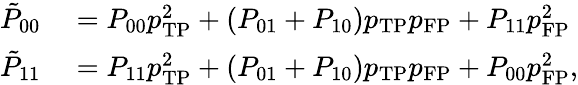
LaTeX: \begin{array}{rl}{\tilde{P}_{\mathrm{00}}}&{{}=P_{00}p_{\mathrm{TP}}^{2}+(P_{01}+P_{10})p_{\mathrm{TP}}p_{\mathrm{FP}}+P_{11}p_{\mathrm{FP}}^{2}}\\ {\tilde{P}_{\mathrm{11}}}&{{}=P_{11}p_{\mathrm{TP}}^{2}+(P_{01}+P_{10})p_{\mathrm{TP}}p_{\mathrm{FP}}+P_{00}p_{\mathrm{FP}}^{2},}\end{array}